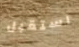
استقبل